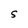
Character: S